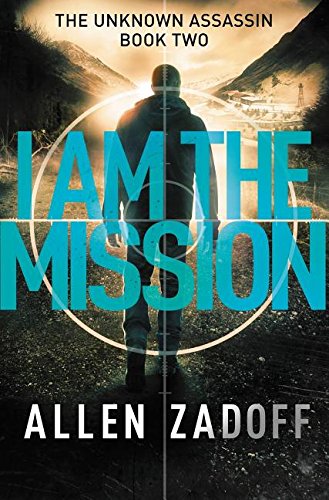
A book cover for I Am the Mission (The Unknown Assassin); Allen Zadoff; Teen & Young Adult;